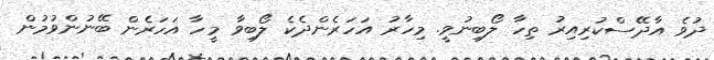
ދުވެ އާދޭސްކުރިއިރު ތިހާ ލޯބިނުވީ. މިހާރު އަހަރެންދެކެ ލޯބިވާ މީހާ އަހަރެން ބޭނުންވުމުން